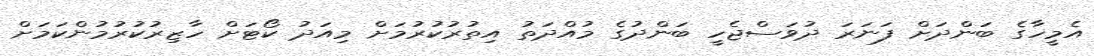
އެމީހާގެ ބަންދަށް ފަނަރަ ދުވަސްޖެހީ ބަންދުގެ މުއްދަތު އިތުުރުކުރުމަށް މިއަދު ކޯޓަށް ހާޒިރުކުރުމުންކަމަށް